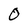
Character: O